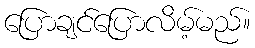
ပြောချင်ပြောလိမ့်မည်။